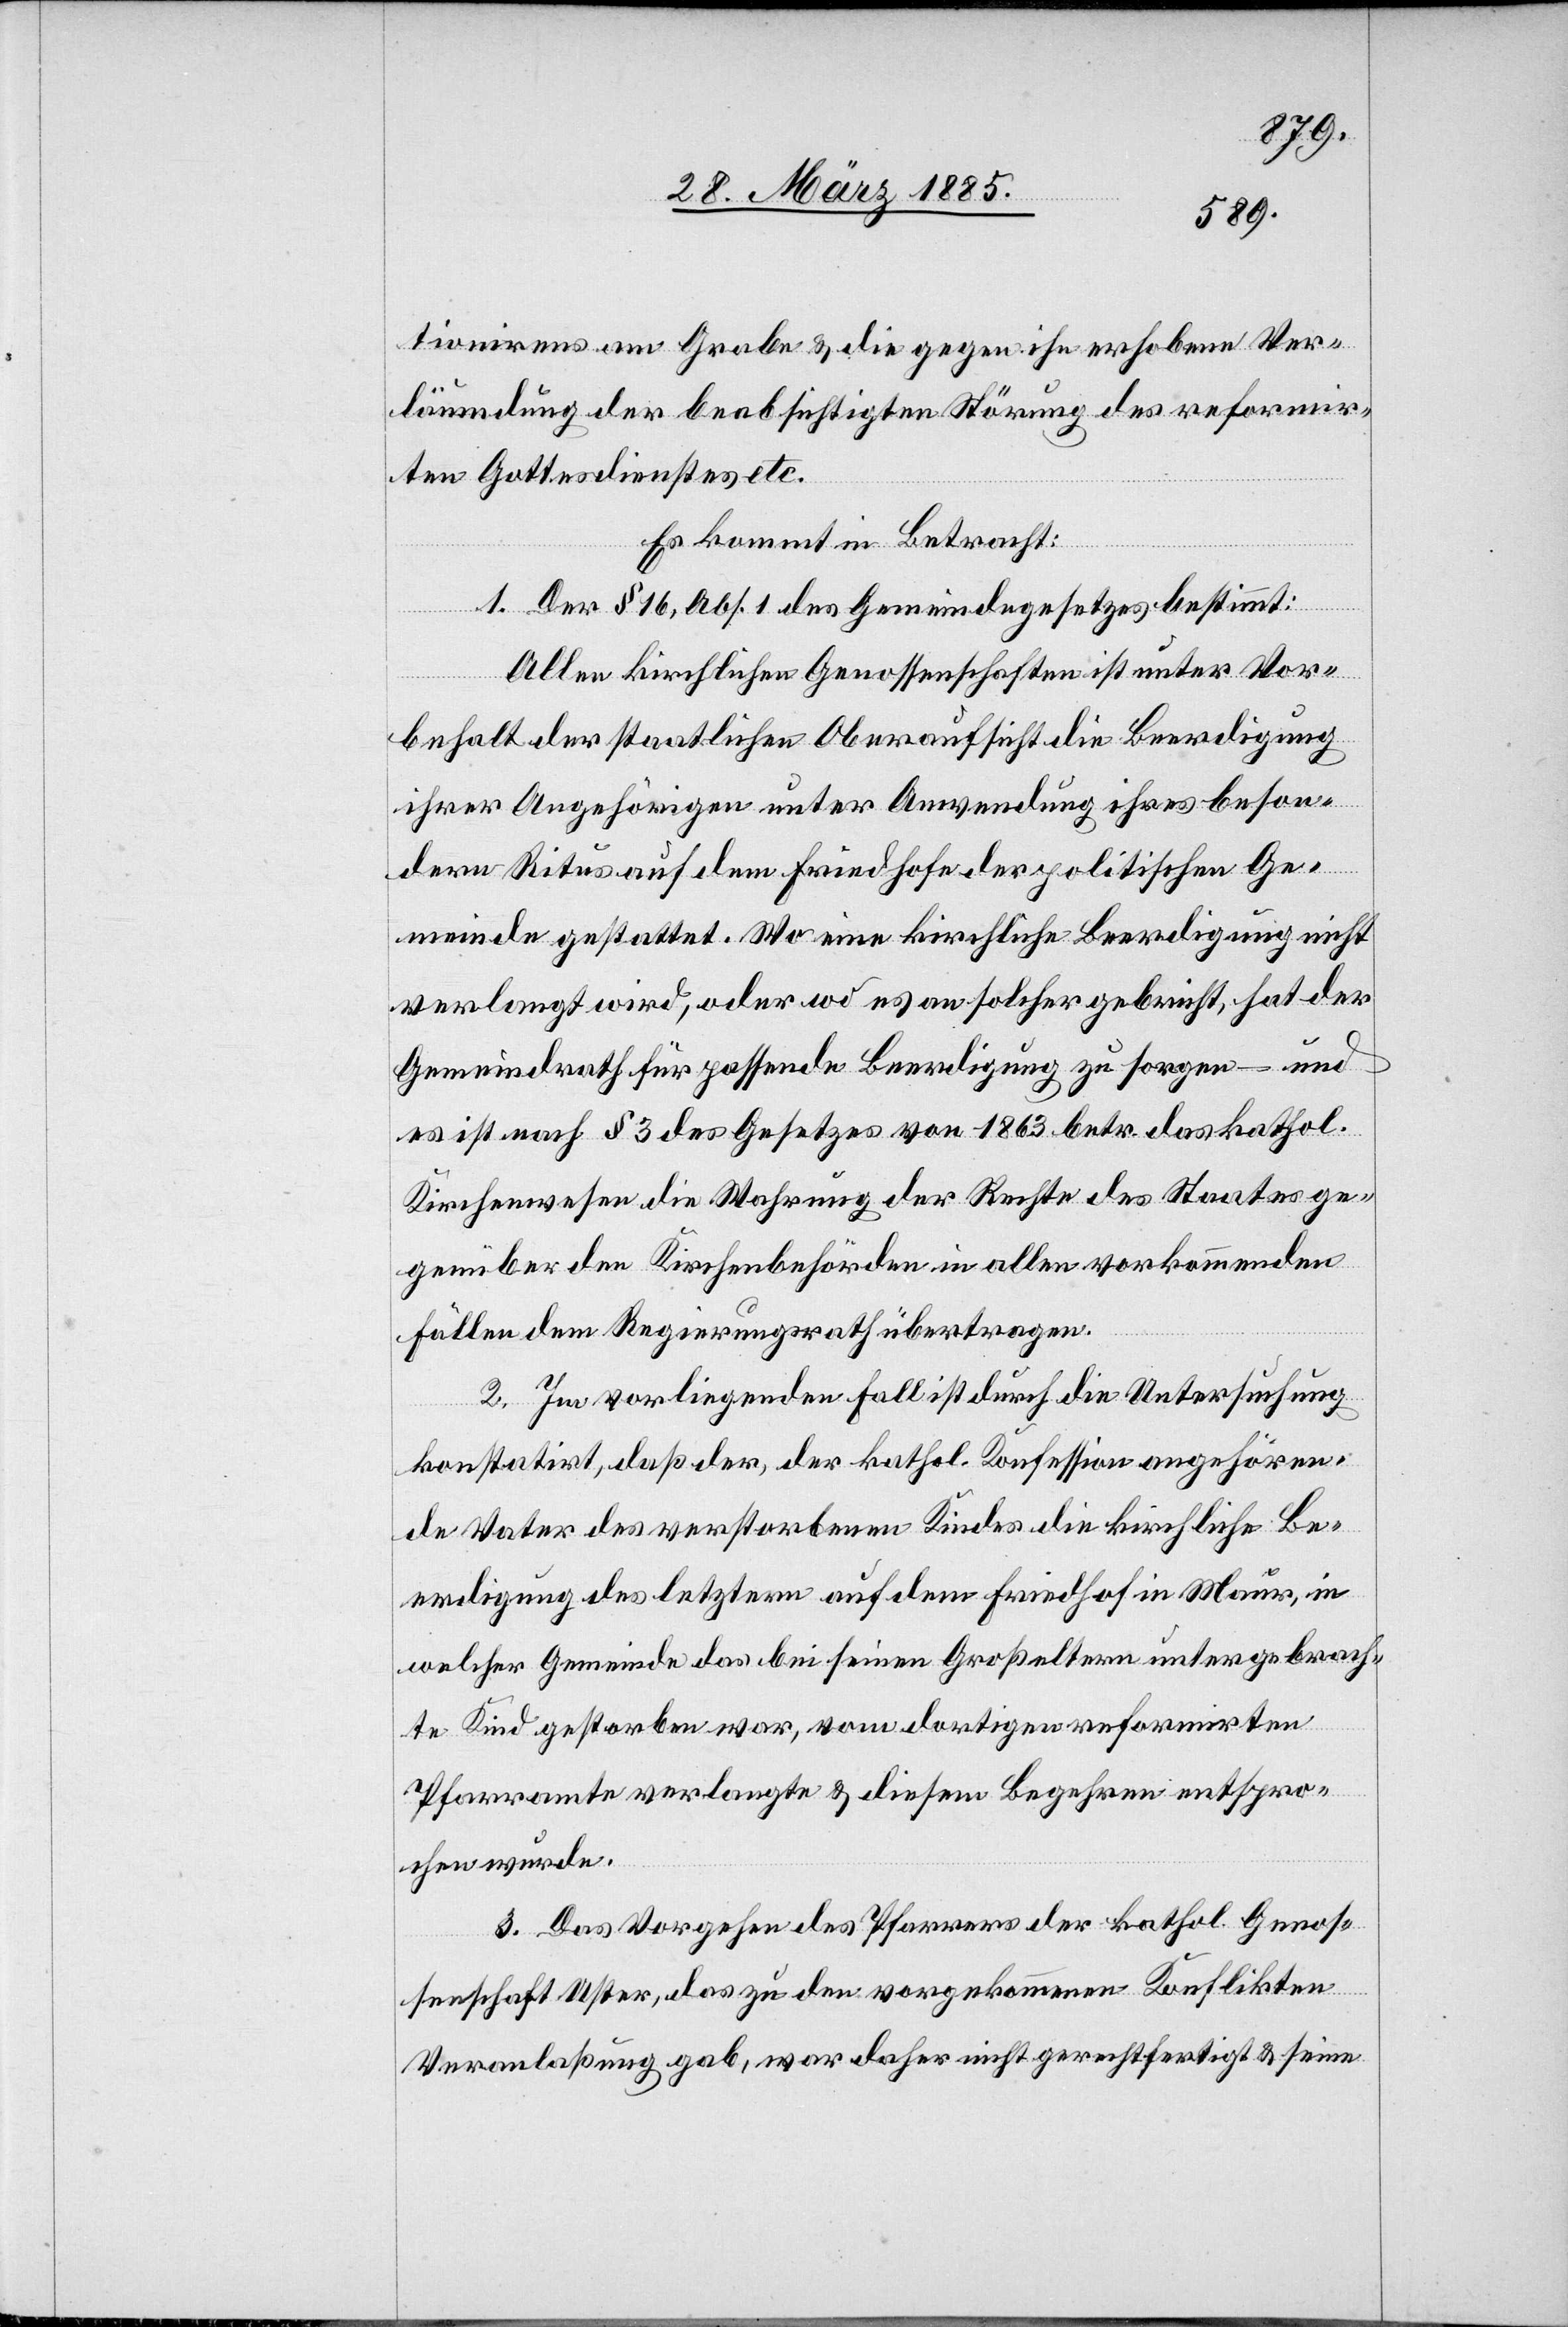
tionirens am Grabe & die gegen ihn erhobene Ver¬
läumdung der beabsichtigten Störung des reformir¬
ten Gottesdienstes etc.
Es kommt in Betracht:
1. Der § 16, Abs. 1 des Gemeindegesetzes bestimmt:
Allen kirchlichen Genossenschaften ist unter Vor¬
behalt der staatlichen Oberaufsicht die Beerdigung
ihrer Angehörigen unter Anwendung ihres beson¬
dern Ritus auf dem Friedhofe der politischen Ge¬
meinde gestattet. Wo eine kirchliche Beerdigung nicht
verlangt wird, oder wo es an solcher gebricht, hat der
Gemeindrath für passende Beerdigung zu sorgen – und
es ist nach § 3 des Gesetzes von 1863 betr. das kathol.
Kirchenwesen die Wahrung der Rechte des Staates ge¬
genüber den Kirchenbehörden in allen vorkommenden
Fällen dem Regierungsrath übertragen.
2. Im vorliegenden Fall ist durch die Untersuchung
konstatirt, daß der, der kathol. Konfession angehören¬
de Vater des verstorbenen Kindes die kirchliche Be¬
erdigung des letztern auf dem Friedhof in Maur, in
welcher Gemeinde das bei seinen Großeltern untergebrach¬
te Kind gestorben war, vom dortigen reformirten
Pfarramte verlangte & diesem Begehren entspro¬
chen wurde.
3. Das Vorgehen des Pfarrers der kathol. Genos¬
senschaft Uster, das zu den vorgekommenen Konflikten
Veranlaßung gab, war daher nicht gerechtfertigt & seine